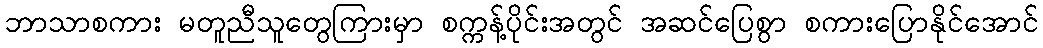
ဘာသာစကား မတူညီသူတွေကြားမှာ စက္ကန့်ပိုင်းအတွင် အဆင်ပြေစွာ စကားပြောနိုင်အောင်